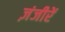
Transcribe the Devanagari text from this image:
ज़ंजीरें